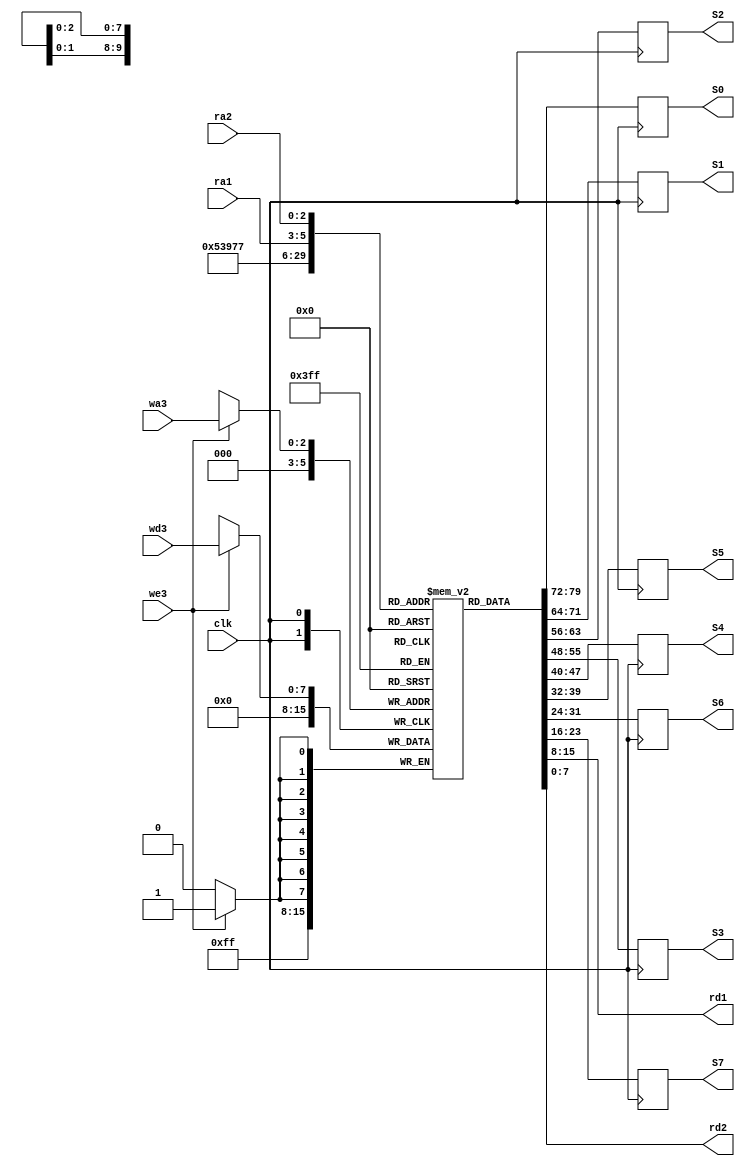
module RegisterFile(
input [2:0] ra1, 
input [2:0] ra2, 
input [2:0] wa3, 
input we3,
input [7:0] wd3,
input clk,
output reg [7:0] rd1, 
output reg [7:0] rd2,
output reg [7:0] S0, S1 ,S2 ,S3 ,S4 ,S5 ,S6, S7
);

reg [7:0] register [7:0];

always @(posedge clk) 
begin
	if(we3) 
		register[wa3] <= wd3;
		register[0] <= 8'd0;
	S0 <= register[0];
	S1 <= register[1];
	S2 <= register[2];
	S3 <= register[3];
	S4 <= register[4];
	S5 <= register[5];
	S6 <= register[6];
	S7 <= register[7];
end

always @ (*) 
begin
	rd1 <= register[ra1];
	rd2 <= register[ra2];
end

endmodule